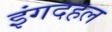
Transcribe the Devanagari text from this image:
इंगदहल